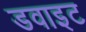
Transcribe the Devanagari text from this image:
डवाइट